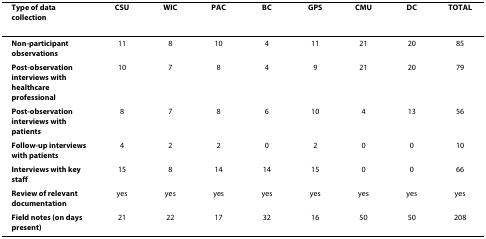
<table><thead><tr><td><b>Type of data collection</b></td><td><b>CSU</b></td><td><b>WIC</b></td><td><b>PAC</b></td><td><b>BC</b></td><td><b>GPS</b></td><td><b>CMU</b></td><td><b>DC</b></td><td><b>TOTAL</b></td></tr></thead><tbody><tr><td><b>Non-participant observations</b></td><td>11</td><td>8</td><td>10</td><td>4</td><td>11</td><td>21</td><td>20</td><td>85</td></tr><tr><td><b>Post-observation interviews with healthcare professional</b></td><td>10</td><td>7</td><td>8</td><td>4</td><td>9</td><td>21</td><td>20</td><td>79</td></tr><tr><td><b>Post-observation interviews with patients</b></td><td>8</td><td>7</td><td>8</td><td>6</td><td>10</td><td>4</td><td>13</td><td>56</td></tr><tr><td><b>Follow-up interviews with patients</b></td><td>4</td><td>2</td><td>2</td><td>0</td><td>2</td><td>0</td><td>0</td><td>10</td></tr><tr><td><b>Interviews with key staff</b></td><td>15</td><td>8</td><td>14</td><td>14</td><td>15</td><td>0</td><td>0</td><td>66</td></tr><tr><td><b>Review of relevant documentation</b></td><td>yes</td><td>yes</td><td>yes</td><td>yes</td><td>yes</td><td>yes</td><td>yes</td><td>yes</td></tr><tr><td><b>Field notes (on days present)</b></td><td>21</td><td>22</td><td>17</td><td>32</td><td>16</td><td>50</td><td>50</td><td>208</td></tr></tbody></table>